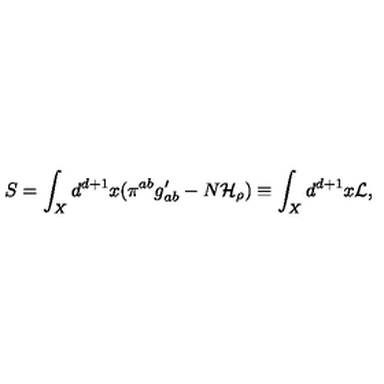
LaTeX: S = \int _ { X } d ^ { d + 1 } x ( \pi ^ { a b } g _ { a b } ^ { \prime } - N { \cal H } _ { \rho } ) \equiv \int _ { X } d ^ { d + 1 } x { \cal L } ,